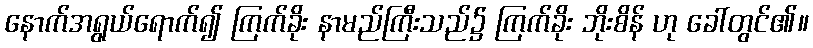
နောက်အရွယ်ရောက်၍ ကြက်ခိုး နာမည်ကြီးသည်၌ ကြက်ခိုး ဘိုးစိန် ဟု ခေါ်တွင်၏။